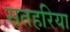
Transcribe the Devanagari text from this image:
सतहरिया